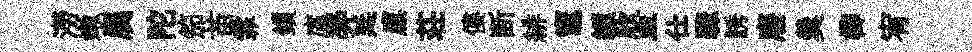
澇嫩属陀笳苗霏鎻廑奔廷廪荘僂断緋竈纈欣皿仕驟誘廢羹榔宥